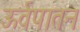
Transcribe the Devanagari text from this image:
ऊर्वपातन